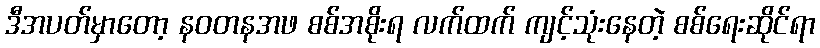
ဒီအပတ်မှာတော့ နဝတနအဖ စစ်အစိုးရ လက်ထက် ကျင့်သုံးနေတဲ့ စစ်ရေးဆိုင်ရာ